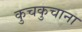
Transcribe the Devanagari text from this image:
कुचकुचाना